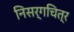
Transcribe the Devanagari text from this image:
निसर्गचित्र